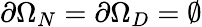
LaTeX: \partial\Omega_{N}=\partial\Omega_{D}=\emptyset